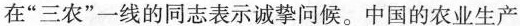
在”三农”一线的同志表示诚挚问候。中国的农业生产